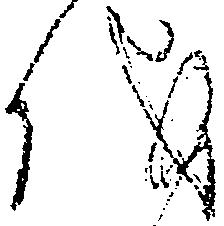
儀